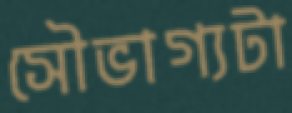
সৌভাগ্যটা